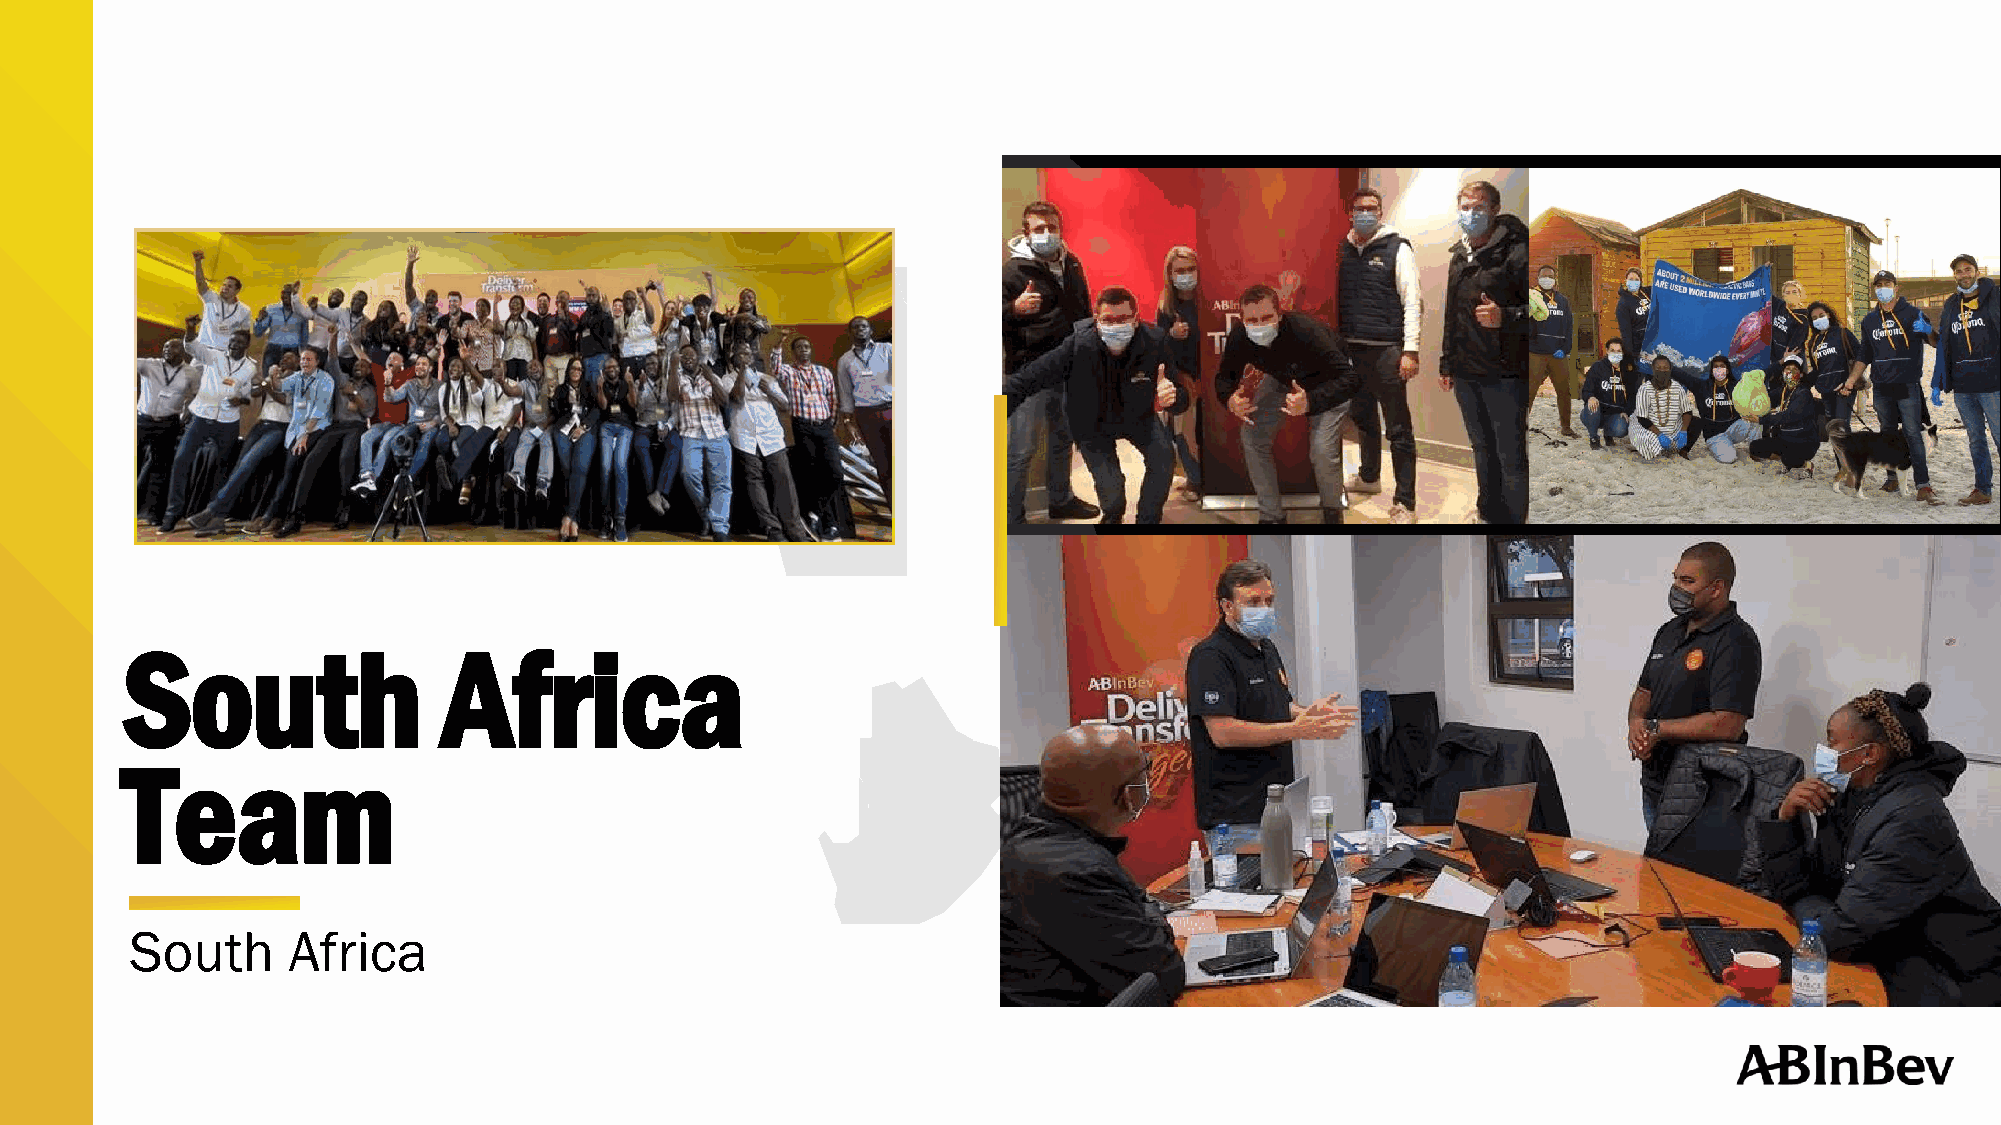
South                Africa
 Team
 South     Africa